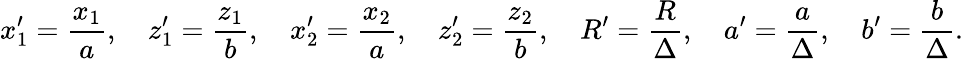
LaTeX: x_{1}^{\prime}=\frac{x_{1}}{a},\quad z_{1}^{\prime}=\frac{z_{1}}{b},\quad x_{2}^{\prime}=\frac{x_{2}}{a},\quad z_{2}^{\prime}=\frac{z_{2}}{b},\quad R^{\prime}=\frac{R}{\Delta},\quad a^{\prime}=\frac{a}{\Delta},\quad b^{\prime}=\frac{b}{\Delta}.